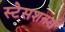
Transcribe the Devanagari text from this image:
स्टेसशनर्स